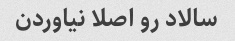
سالاد رو اصلا نیاوردن